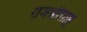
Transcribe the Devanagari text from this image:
राजश्रीशाहू